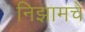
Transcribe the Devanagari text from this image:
निझामचें